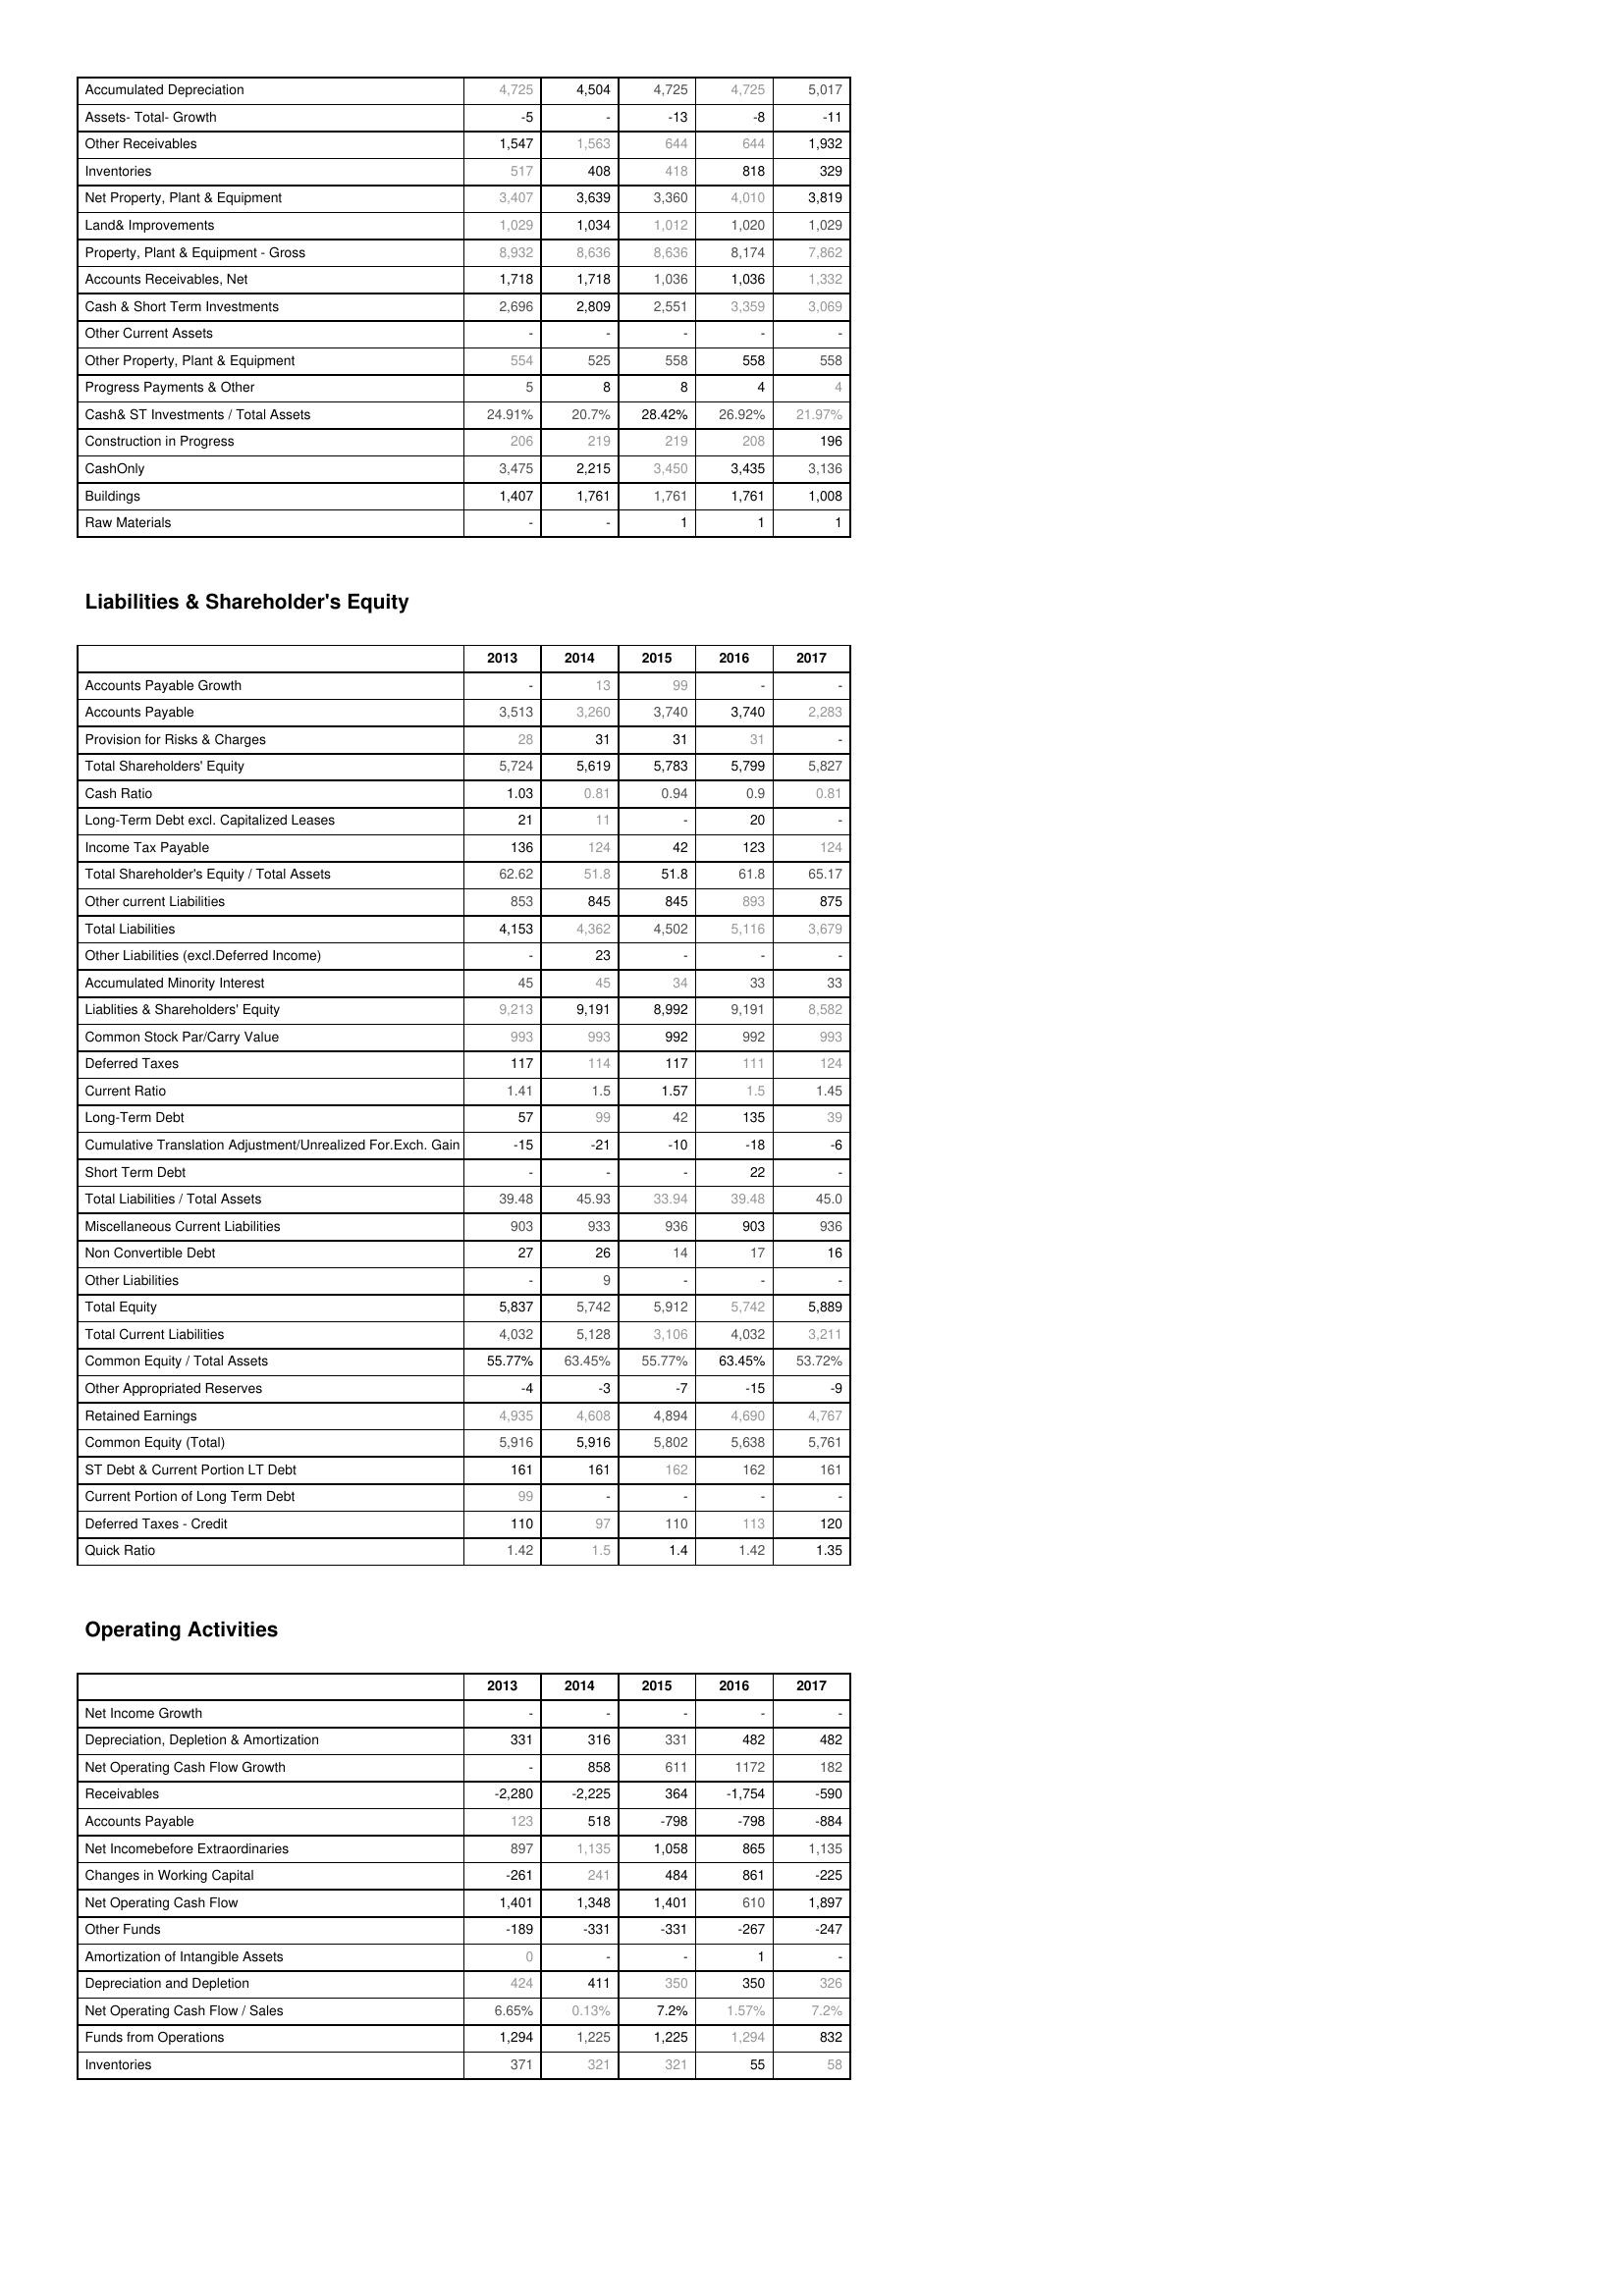
2013: Assets: Accumulated Depreciation: 4,725
Assets- Total- Growth: -5
Other Receivables: 1,547
Inventories: 517
Net Property, Plant & Equipment: 3,407
Land& Improvements: 1,029
Property, Plant & Equipment - Gross : 8,932
Accounts Receivables, Net: 1,718
Cash & Short Term Investments: 2,696
Other Current Assets: -
Other Property, Plant & Equipment: 554
Progress Payments & Other: 5
Cash& ST Investments / Total Assets: 24.91%
Construction in Progress: 206
CashOnly: 3,475
Buildings: 1,407
Raw Materials: -
Liabilities & Shareholder's Equity: Accounts Payable Growth: -
Accounts Payable: 3,513
Provision for Risks & Charges: 28
Total Shareholders' Equity: 5,724
Cash Ratio: 1.03
Long-Term Debt excl. Capitalized Leases: 21
Income Tax Payable: 136
Total Shareholder's Equity / Total Assets: 62.62
Other current Liabilities: 853
Total Liabilities: 4,153
Other Liabilities (excl.Deferred Income): -
Accumulated Minority Interest: 45
Liablities & Shareholders' Equity: 9,213
Common Stock Par/Carry Value: 993
Deferred Taxes: 117
Current Ratio: 1.41
Long-Term Debt: 57
Cumulative Translation Adjustment/Unrealized For.Exch. Gain: -15
Short Term Debt: -
Total Liabilities / Total Assets: 39.48
Miscellaneous Current Liabilities: 903
Non Convertible Debt: 27
Other Liabilities: -
Total Equity: 5,837
Total Current Liabilities: 4,032
Common Equity / Total Assets: 55.77%
Other Appropriated Reserves: -4
Retained Earnings: 4,935
Common Equity (Total): 5,916
ST Debt & Current Portion LT Debt: 161
Current Portion of Long Term Debt: 99
Deferred Taxes - Credit: 110
Quick Ratio: 1.42
Operating Activities: Net Income Growth: -
Depreciation, Depletion & Amortization: 331
Net Operating Cash Flow Growth: -
Receivables: -2,280
Accounts Payable: 123
Net Incomebefore Extraordinaries: 897
Changes in Working Capital: -261
Net Operating Cash Flow: 1,401
Other Funds: -189
Amortization of Intangible Assets: 0
Depreciation and Depletion: 424
Net Operating Cash Flow / Sales: 6.65%
Funds from Operations: 1,294
Inventories: 371
2014: Assets: Accumulated Depreciation: 4,504
Assets- Total- Growth: -
Other Receivables: 1,563
Inventories: 408
Net Property, Plant & Equipment: 3,639
Land& Improvements: 1,034
Property, Plant & Equipment - Gross : 8,636
Accounts Receivables, Net: 1,718
Cash & Short Term Investments: 2,809
Other Current Assets: -
Other Property, Plant & Equipment: 525
Progress Payments & Other: 8
Cash& ST Investments / Total Assets: 20.7%
Construction in Progress: 219
CashOnly: 2,215
Buildings: 1,761
Raw Materials: -
Liabilities & Shareholder's Equity: Accounts Payable Growth: 13
Accounts Payable: 3,260
Provision for Risks & Charges: 31
Total Shareholders' Equity: 5,619
Cash Ratio: 0.81
Long-Term Debt excl. Capitalized Leases: 11
Income Tax Payable: 124
Total Shareholder's Equity / Total Assets: 51.8
Other current Liabilities: 845
Total Liabilities: 4,362
Other Liabilities (excl.Deferred Income): 23
Accumulated Minority Interest: 45
Liablities & Shareholders' Equity: 9,191
Common Stock Par/Carry Value: 993
Deferred Taxes: 114
Current Ratio: 1.5
Long-Term Debt: 99
Cumulative Translation Adjustment/Unrealized For.Exch. Gain: -21
Short Term Debt: -
Total Liabilities / Total Assets: 45.93
Miscellaneous Current Liabilities: 933
Non Convertible Debt: 26
Other Liabilities: 9
Total Equity: 5,742
Total Current Liabilities: 5,128
Common Equity / Total Assets: 63.45%
Other Appropriated Reserves: -3
Retained Earnings: 4,608
Common Equity (Total): 5,916
ST Debt & Current Portion LT Debt: 161
Current Portion of Long Term Debt: -
Deferred Taxes - Credit: 97
Quick Ratio: 1.5
Operating Activities: Net Income Growth: -
Depreciation, Depletion & Amortization: 316
Net Operating Cash Flow Growth: 858
Receivables: -2,225
Accounts Payable: 518
Net Incomebefore Extraordinaries: 1,135
Changes in Working Capital: 241
Net Operating Cash Flow: 1,348
Other Funds: -331
Amortization of Intangible Assets: -
Depreciation and Depletion: 411
Net Operating Cash Flow / Sales: 0.13%
Funds from Operations: 1,225
Inventories: 321
2015: Assets: Accumulated Depreciation: 4,725
Assets- Total- Growth: -13
Other Receivables: 644
Inventories: 418
Net Property, Plant & Equipment: 3,360
Land& Improvements: 1,012
Property, Plant & Equipment - Gross : 8,636
Accounts Receivables, Net: 1,036
Cash & Short Term Investments: 2,551
Other Current Assets: -
Other Property, Plant & Equipment: 558
Progress Payments & Other: 8
Cash& ST Investments / Total Assets: 28.42%
Construction in Progress: 219
CashOnly: 3,450
Buildings: 1,761
Raw Materials: 1
Liabilities & Shareholder's Equity: Accounts Payable Growth: 99
Accounts Payable: 3,740
Provision for Risks & Charges: 31
Total Shareholders' Equity: 5,783
Cash Ratio: 0.94
Long-Term Debt excl. Capitalized Leases: -
Income Tax Payable: 42
Total Shareholder's Equity / Total Assets: 51.8
Other current Liabilities: 845
Total Liabilities: 4,502
Other Liabilities (excl.Deferred Income): -
Accumulated Minority Interest: 34
Liablities & Shareholders' Equity: 8,992
Common Stock Par/Carry Value: 992
Deferred Taxes: 117
Current Ratio: 1.57
Long-Term Debt: 42
Cumulative Translation Adjustment/Unrealized For.Exch. Gain: -10
Short Term Debt: -
Total Liabilities / Total Assets: 33.94
Miscellaneous Current Liabilities: 936
Non Convertible Debt: 14
Other Liabilities: -
Total Equity: 5,912
Total Current Liabilities: 3,106
Common Equity / Total Assets: 55.77%
Other Appropriated Reserves: -7
Retained Earnings: 4,894
Common Equity (Total): 5,802
ST Debt & Current Portion LT Debt: 162
Current Portion of Long Term Debt: -
Deferred Taxes - Credit: 110
Quick Ratio: 1.4
Operating Activities: Net Income Growth: -
Depreciation, Depletion & Amortization: 331
Net Operating Cash Flow Growth: 611
Receivables: 364
Accounts Payable: -798
Net Incomebefore Extraordinaries: 1,058
Changes in Working Capital: 484
Net Operating Cash Flow: 1,401
Other Funds: -331
Amortization of Intangible Assets: -
Depreciation and Depletion: 350
Net Operating Cash Flow / Sales: 7.2%
Funds from Operations: 1,225
Inventories: 321
2016: Assets: Accumulated Depreciation: 4,725
Assets- Total- Growth: -8
Other Receivables: 644
Inventories: 818
Net Property, Plant & Equipment: 4,010
Land& Improvements: 1,020
Property, Plant & Equipment - Gross : 8,174
Accounts Receivables, Net: 1,036
Cash & Short Term Investments: 3,359
Other Current Assets: -
Other Property, Plant & Equipment: 558
Progress Payments & Other: 4
Cash& ST Investments / Total Assets: 26.92%
Construction in Progress: 208
CashOnly: 3,435
Buildings: 1,761
Raw Materials: 1
Liabilities & Shareholder's Equity: Accounts Payable Growth: -
Accounts Payable: 3,740
Provision for Risks & Charges: 31
Total Shareholders' Equity: 5,799
Cash Ratio: 0.9
Long-Term Debt excl. Capitalized Leases: 20
Income Tax Payable: 123
Total Shareholder's Equity / Total Assets: 61.8
Other current Liabilities: 893
Total Liabilities: 5,116
Other Liabilities (excl.Deferred Income): -
Accumulated Minority Interest: 33
Liablities & Shareholders' Equity: 9,191
Common Stock Par/Carry Value: 992
Deferred Taxes: 111
Current Ratio: 1.5
Long-Term Debt: 135
Cumulative Translation Adjustment/Unrealized For.Exch. Gain: -18
Short Term Debt: 22
Total Liabilities / Total Assets: 39.48
Miscellaneous Current Liabilities: 903
Non Convertible Debt: 17
Other Liabilities: -
Total Equity: 5,742
Total Current Liabilities: 4,032
Common Equity / Total Assets: 63.45%
Other Appropriated Reserves: -15
Retained Earnings: 4,690
Common Equity (Total): 5,638
ST Debt & Current Portion LT Debt: 162
Current Portion of Long Term Debt: -
Deferred Taxes - Credit: 113
Quick Ratio: 1.42
Operating Activities: Net Income Growth: -
Depreciation, Depletion & Amortization: 482
Net Operating Cash Flow Growth: 1172
Receivables: -1,754
Accounts Payable: -798
Net Incomebefore Extraordinaries: 865
Changes in Working Capital: 861
Net Operating Cash Flow: 610
Other Funds: -267
Amortization of Intangible Assets: 1
Depreciation and Depletion: 350
Net Operating Cash Flow / Sales: 1.57%
Funds from Operations: 1,294
Inventories: 55
2017: Assets: Accumulated Depreciation: 5,017
Assets- Total- Growth: -11
Other Receivables: 1,932
Inventories: 329
Net Property, Plant & Equipment: 3,819
Land& Improvements: 1,029
Property, Plant & Equipment - Gross : 7,862
Accounts Receivables, Net: 1,332
Cash & Short Term Investments: 3,069
Other Current Assets: -
Other Property, Plant & Equipment: 558
Progress Payments & Other: 4
Cash& ST Investments / Total Assets: 21.97%
Construction in Progress: 196
CashOnly: 3,136
Buildings: 1,008
Raw Materials: 1
Liabilities & Shareholder's Equity: Accounts Payable Growth: -
Accounts Payable: 2,283
Provision for Risks & Charges: -
Total Shareholders' Equity: 5,827
Cash Ratio: 0.81
Long-Term Debt excl. Capitalized Leases: -
Income Tax Payable: 124
Total Shareholder's Equity / Total Assets: 65.17
Other current Liabilities: 875
Total Liabilities: 3,679
Other Liabilities (excl.Deferred Income): -
Accumulated Minority Interest: 33
Liablities & Shareholders' Equity: 8,582
Common Stock Par/Carry Value: 993
Deferred Taxes: 124
Current Ratio: 1.45
Long-Term Debt: 39
Cumulative Translation Adjustment/Unrealized For.Exch. Gain: -6
Short Term Debt: -
Total Liabilities / Total Assets: 45.0
Miscellaneous Current Liabilities: 936
Non Convertible Debt: 16
Other Liabilities: -
Total Equity: 5,889
Total Current Liabilities: 3,211
Common Equity / Total Assets: 53.72%
Other Appropriated Reserves: -9
Retained Earnings: 4,767
Common Equity (Total): 5,761
ST Debt & Current Portion LT Debt: 161
Current Portion of Long Term Debt: -
Deferred Taxes - Credit: 120
Quick Ratio: 1.35
Operating Activities: Net Income Growth: -
Depreciation, Depletion & Amortization: 482
Net Operating Cash Flow Growth: 182
Receivables: -590
Accounts Payable: -884
Net Incomebefore Extraordinaries: 1,135
Changes in Working Capital: -225
Net Operating Cash Flow: 1,897
Other Funds: -247
Amortization of Intangible Assets: -
Depreciation and Depletion: 326
Net Operating Cash Flow / Sales: 7.2%
Funds from Operations: 832
Inventories: 58